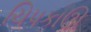
ચિપકાઊ